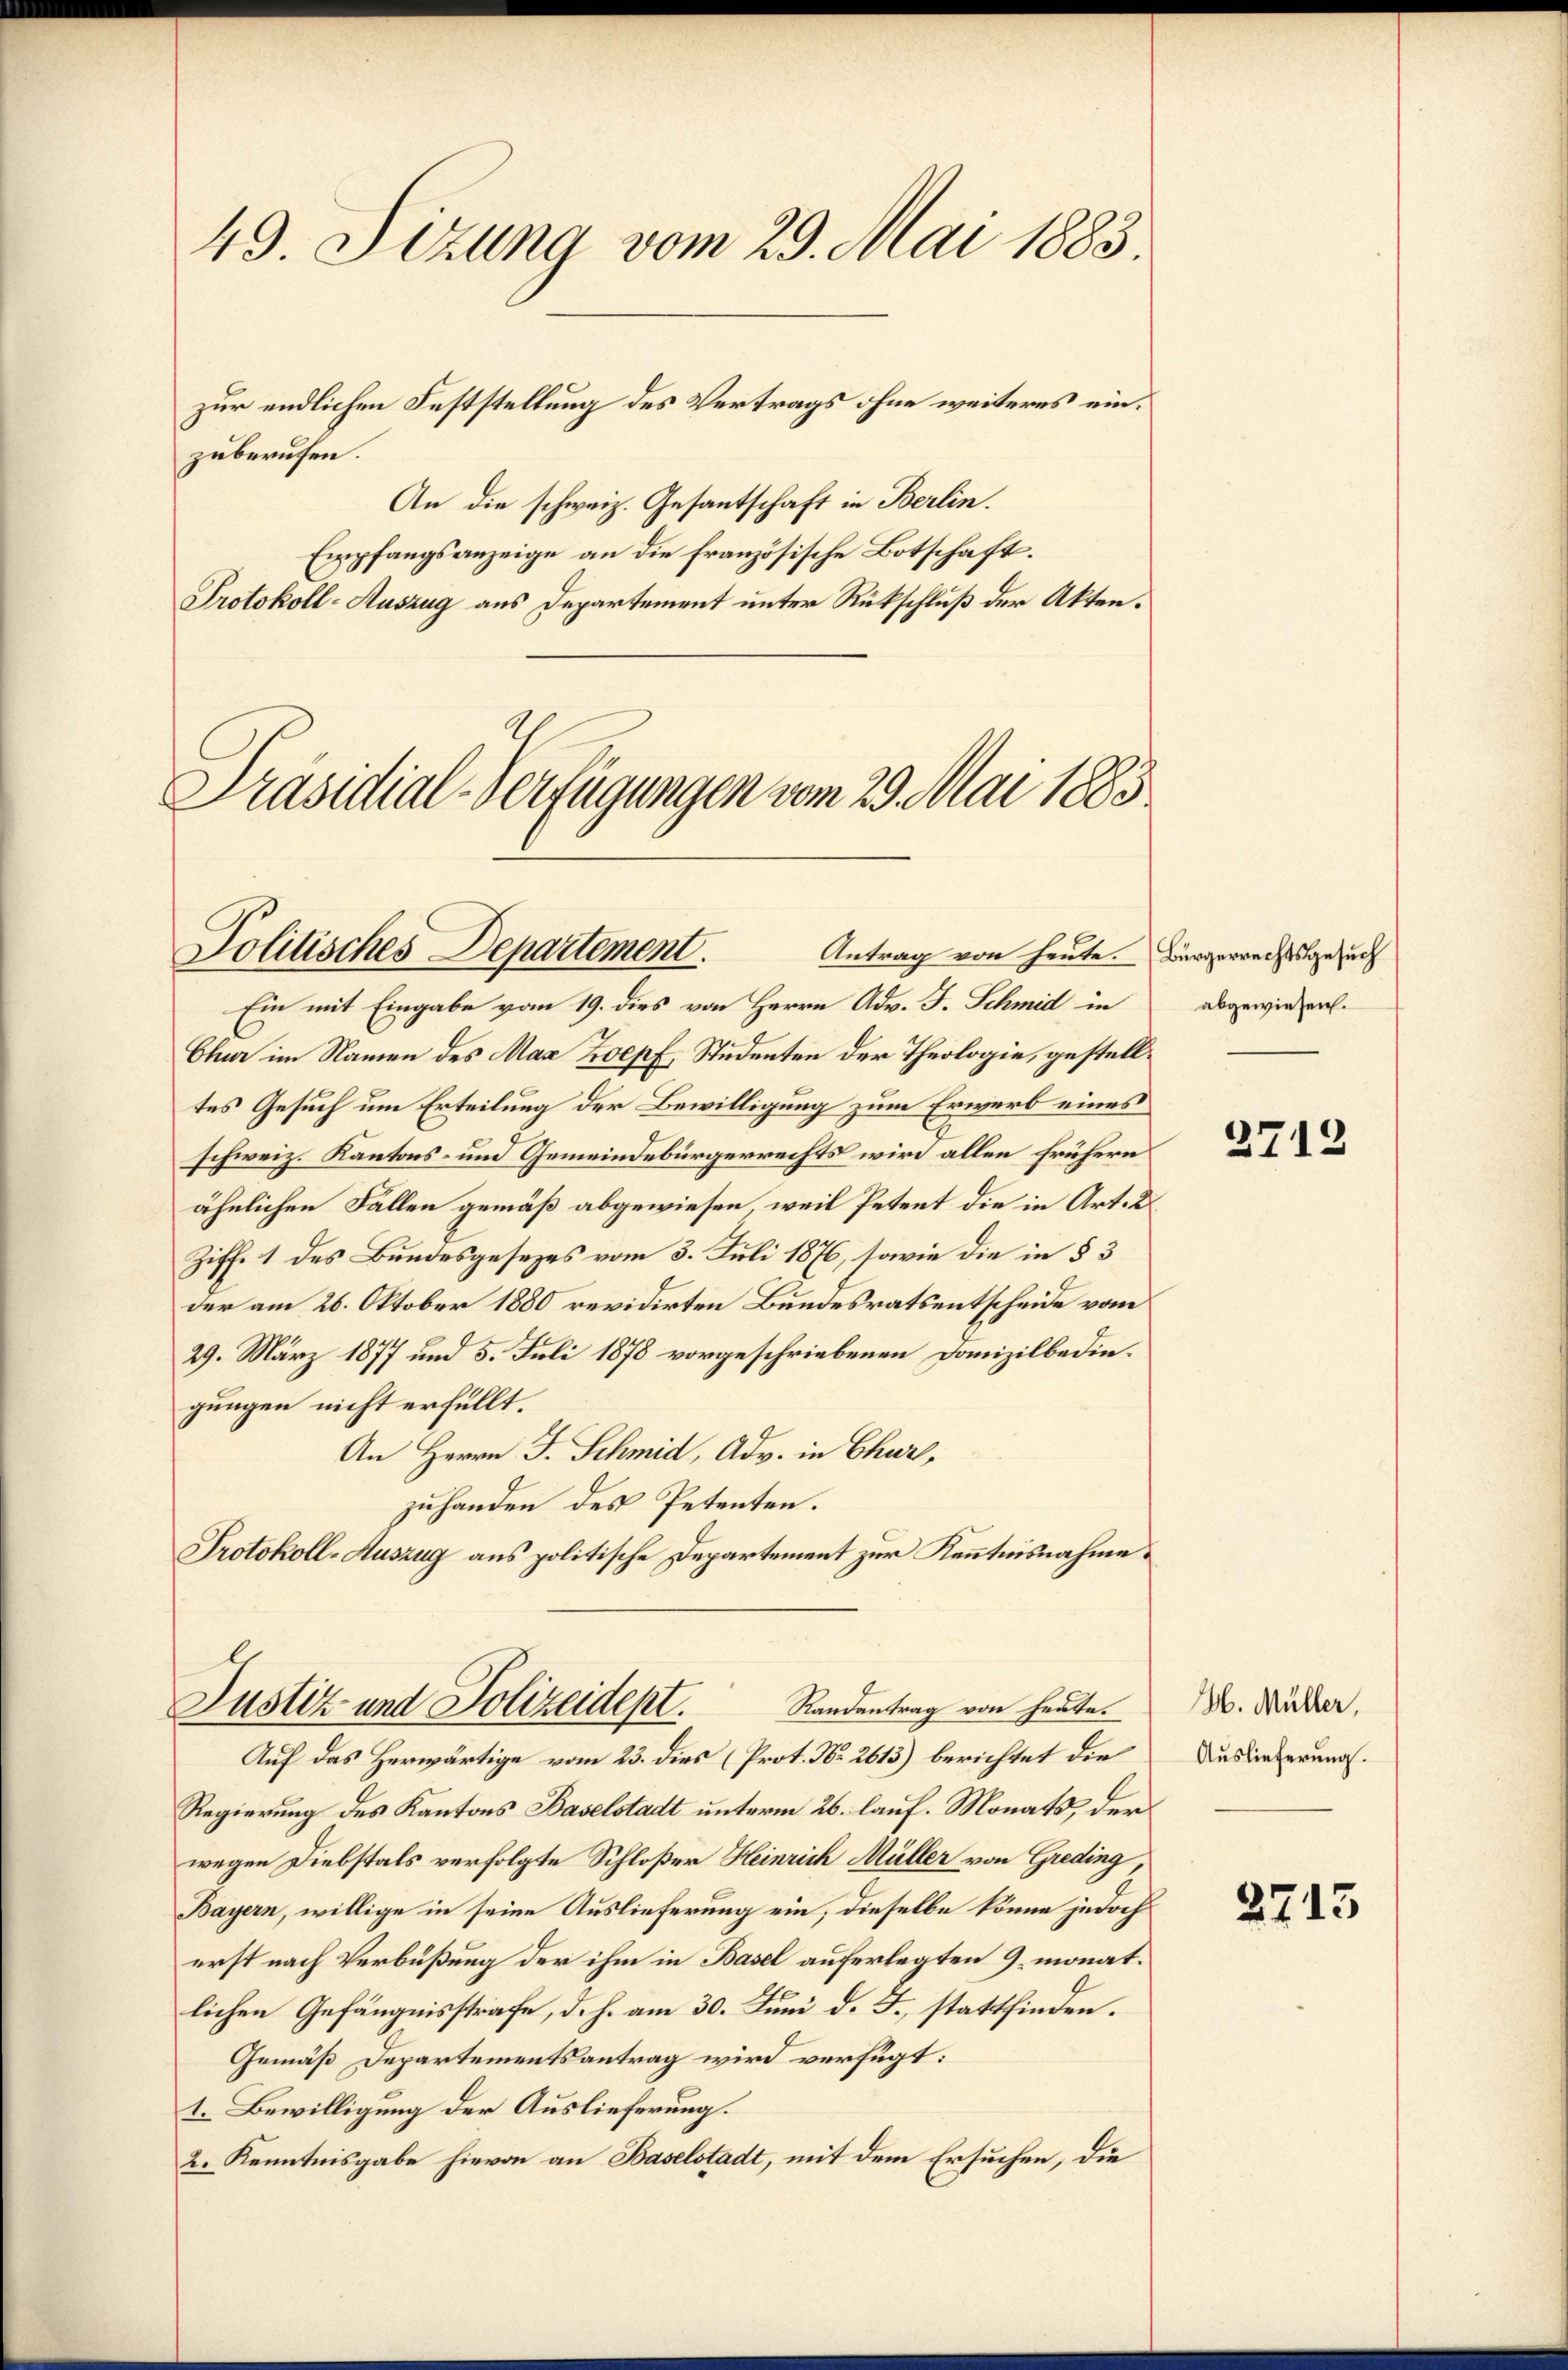
49. Sizung vom 29. Mai 1883.

zuberufen.
An die schweiz. Gesantschaft in Berlin.
Empfangsanzeige an die französische Botschaft.
Protokoll-Auszug aus Departement unter Rückschluß der Akten.

zur endlichen Feststellung des Vertrags ohne weiteres ein¬

Präsidial-Verfügungen vom 29. Mai 1883

Politisches Departement.

Ein mit Eingabe vom 19. dies von Herrn Adv. J. Schmid in
Chur im Namen des Max Loepf, Studenten der Theologie, gestelltes Gesuch um Erteilung der Bewilligung zum Erwerb eines
schweiz. Kantons- und Gemeindebürgerrechts wird allen frühern
ähnlichen Fallen gemäß abgewiesen, weil Petent die in Art. 2
Ziff. 1 des Bundesgesezes vom 3. Juli 1876, sowie die in § 3
der am 26. Oktober 1880 revidirten Bundesrats entscheide vom
29. März 1877 und 5. Juli 1878 vorgeschriebenen Domizilbedingungen nicht erfüllt.
An Herrn J. Schmid, Adv. in Chur,
zuhanden des Petenten.
Protokoll-Auszug aus politische Departement zur Kenntnisnahme

Antrag von heute. Bürgerrechtsgesuch

Justiz- und Polizeidept. Randentrag von heute.
Auf das Herwärtige vom 23. dies (Prot. No. 2613) berichtet die

Regierung des Kantons Baselstadt unterm 26. lauf. Monats der
wegen Diebstals verfolgte Schloßer Heinrich Müller von Greding,
Bayern, willige in seine Auslieferung ein, dieselbe könne jedoch
erst nach Verbüßung der ihm in Basel auferlegten 9 monatlichen Gefängnisstrafe, d. h. am 30. Juni d. J., stattfinden.
Gemäß Departementsantrag wird verfügt:
1. Bewilligung der Auslieferung.
2. Kenntnisgabe hievon an Baselstadt, mit dem Ersuchen, die

abgewiesen.

2712

H. Müller,
Auslieferung.

2713